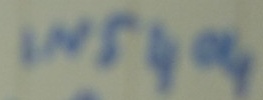
Text: IN5404